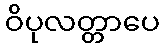
ဝိပုလတ္တာပေ